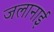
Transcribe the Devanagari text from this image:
जलानाई